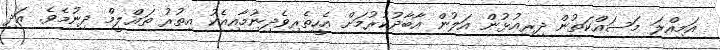
އަމިއްލަ މަސައްކަތުން ދިރިއުޅުން އަލުން އާބާދުކުރުމަށް އެހީތެރިވެދިނުމާއިއެކު އިތުރު ތަޢްލީމް ދިނުމެވެ. އަދި